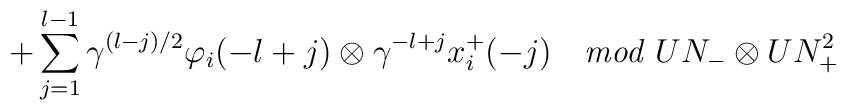
\hspace{.75in}            + \sum^{l-1}_{j=1} \gamma^{(l-j)/2} \varphi_i(-l+j)                               \otimes \gamma^{-l+j} x^+_i(-j)              \quad   {\it mod} \; UN_- \otimes UN_+^2